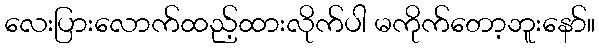
လေးပြားလောက်ထည့်ထားလိုက်ပါ မကိုက်တော့ဘူးနော်။